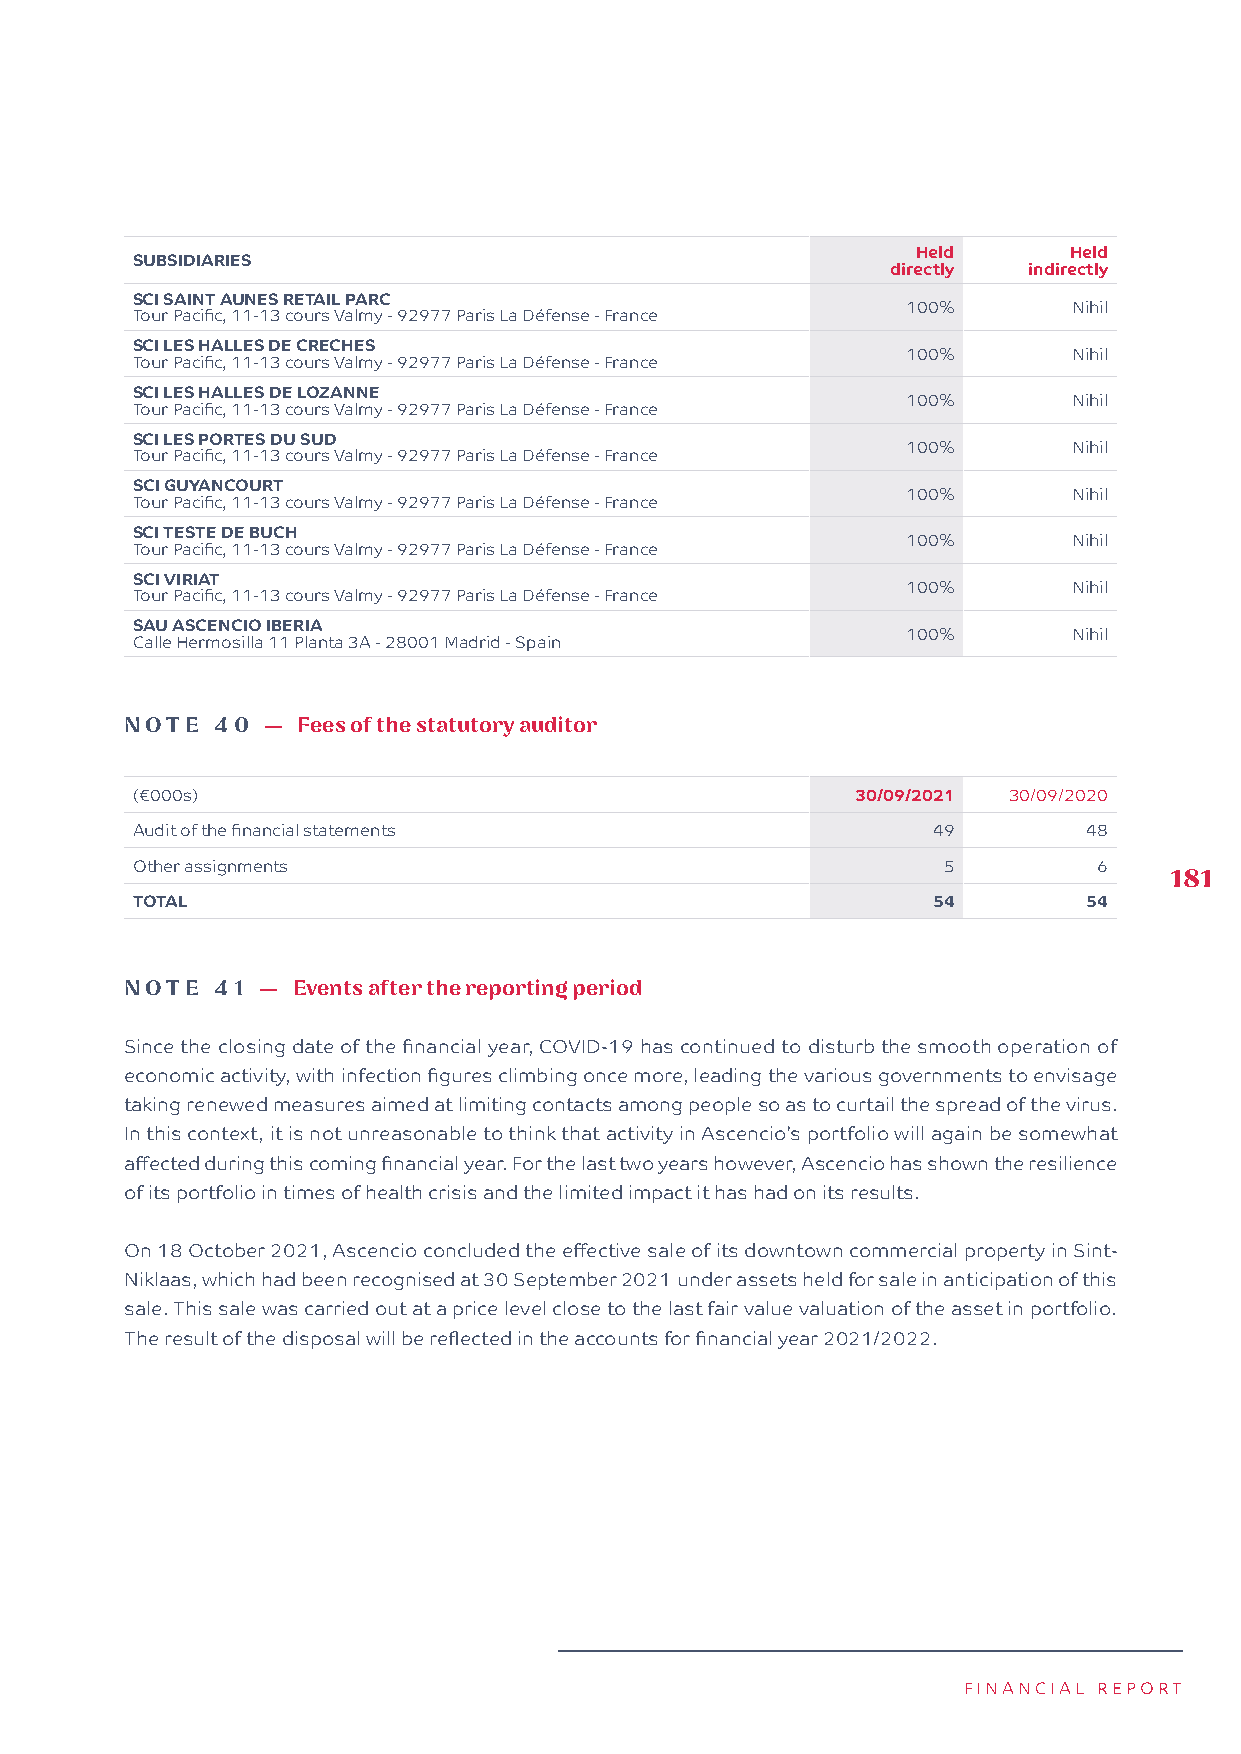
Held      Held
 SUBSIDIARIES
 directly indirectly
 SCI SAINT AUNES RETAIL PARC
 100%       Nihil
 Tour Pacific, 11-13 cours Valmy - 92977 Paris La Défense - France
 SCI LES HALLES DE CRECHES
 100%       Nihil
 Tour Pacific, 11-13 cours Valmy - 92977 Paris La Défense - France
 SCI LES HALLES DE LOZANNE
 100%       Nihil
 Tour Pacific, 11-13 cours Valmy - 92977 Paris La Défense - France
 SCI LES PORTES DU SUD
 100%       Nihil
 Tour Pacific, 11-13 cours Valmy - 92977 Paris La Défense - France
 SCI GUYANCOURT
 100%       Nihil
 Tour Pacific, 11-13 cours Valmy - 92977 Paris La Défense - France
 SCI TESTE DE BUCH
 100%       Nihil
 Tour Pacific, 11-13 cours Valmy - 92977 Paris La Défense - France
 SCI VIRIAT
 100%       Nihil
 Tour Pacific, 11-13 cours Valmy - 92977 Paris La Défense - France
 SAU ASCENCIO IBERIA
 100%       Nihil
 Calle Hermosilla 11 Planta 3A - 28001 Madrid - Spain
 NOTE  40 —  F ees of the statutory auditor
 (€000s)                                         30/09/2021 30/09/2020
 Audit of the financial statements                    49        48
 Other assignments                                    5          6
 181
 TOTAL                                                54        54
 NOTE  41 — E vents after the reporting period
 Since the closing date of the financial year, COVID-19 has continued to disturb the smooth operation of
 economic activity, with infection figures climbing once more, leading the various governments to envisage
 taking renewed measures aimed at limiting contacts among people so as to curtail the spread of the virus.
 In this context, it is not unreasonable to think that activity in Ascencio’s portfolio will again be somewhat
 affected during this coming financial year. For the last two years however, Ascencio has shown the resilience
 of its portfolio in times of health crisis and the limited impact it has had on its results.
 On 18 October 2021, Ascencio concluded the effective sale of its downtown commercial property in Sint-
 Niklaas, which had been recognised at 30 September 2021 under assets held for sale in anticipation of this
 sale. This sale was carried out at a price level close to the last fair value valuation of the asset in portfolio.
 The result of the disposal will be reflected in the accounts for financial year 2021/2022.
 FINANCIAL REPORT